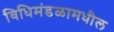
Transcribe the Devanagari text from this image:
विधिमंडळामधील